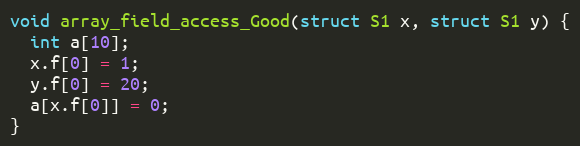
Language: C
void array_field_access_Good(struct S1 x, struct S1 y) {
  int a[10];
  x.f[0] = 1;
  y.f[0] = 20;
  a[x.f[0]] = 0;
}